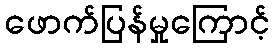
ဖောက်ပြန်မှုကြောင့်